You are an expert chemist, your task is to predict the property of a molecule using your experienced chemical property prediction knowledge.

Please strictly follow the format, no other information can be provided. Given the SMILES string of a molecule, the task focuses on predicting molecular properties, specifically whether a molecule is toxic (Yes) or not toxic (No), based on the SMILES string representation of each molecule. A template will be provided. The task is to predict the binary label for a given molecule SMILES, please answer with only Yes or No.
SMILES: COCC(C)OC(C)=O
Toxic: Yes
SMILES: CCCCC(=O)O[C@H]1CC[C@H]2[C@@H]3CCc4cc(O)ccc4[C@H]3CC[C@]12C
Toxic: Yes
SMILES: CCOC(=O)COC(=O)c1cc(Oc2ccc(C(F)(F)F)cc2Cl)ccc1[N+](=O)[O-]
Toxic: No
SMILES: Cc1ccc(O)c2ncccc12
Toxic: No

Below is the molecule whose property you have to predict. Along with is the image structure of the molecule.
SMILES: c1ccc(CNCc2ccccc2)cc1
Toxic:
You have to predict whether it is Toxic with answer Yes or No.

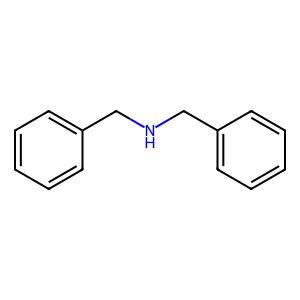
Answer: No